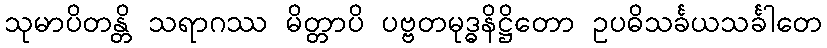
သုမာပိတန္တိ သရာဂဿ မိတ္တာပိ ပဗ္ဗတမုဒ္ဓနိဋ္ဌိတော ဥပဓိသင်္ခယသင်္ခါတေ